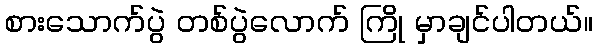
စားသောက်ပွဲ တစ်ပွဲလောက် ကြို မှာချင်ပါတယ်။